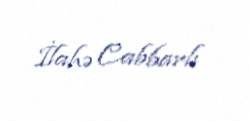
İlahə Cabbarlı